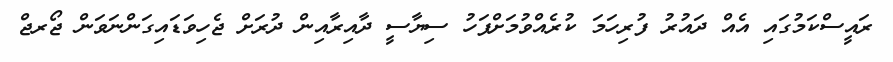
ރައީސްކަމުގައި އެއް ދައުރު ފުރިހަމަ ކުރެއްވުމަށްފަހު ސިޔާސީ ދާއިރާއިން ދުރަށް ޖެހިވަޑައިގަންނަވަން ޖޯރޖް